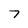
Character: 7